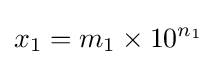
x_{1}=m_{1}\times 10^{n_{1}}